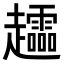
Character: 𧾮